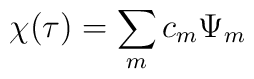
\chi(\tau) = \sum_m c_m \Psi_m